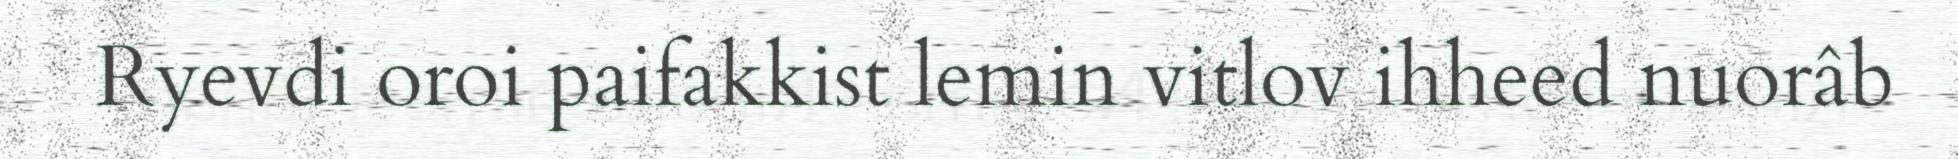
Ryevdi oroi paifakkist lemin vitlov ihheed nuorâb